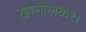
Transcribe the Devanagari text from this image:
खानोलकर।